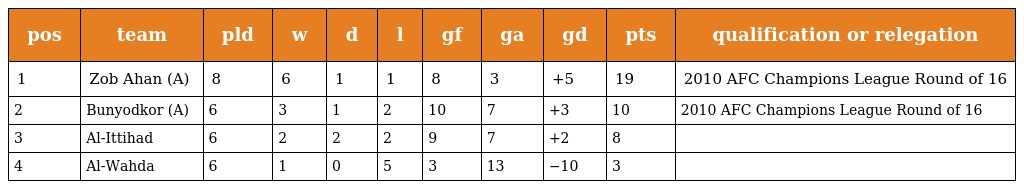
| pos | team | pld | w | d | l | gf | ga | gd | pts | qualification or relegation |
 | --- | --- | --- | --- | --- | --- | --- | --- | --- | --- | --- |
 | 1 | Zob Ahan (A) | 8 | 6 | 1 | 1 | 8 | 3 | +5 | 19 | 2010 AFC Champions League Round of 16 |
 | 2 | Bunyodkor (A) | 6 | 3 | 1 | 2 | 10 | 7 | +3 | 10 | 2010 AFC Champions League Round of 16 |
 | 3 | Al-Ittihad | 6 | 2 | 2 | 2 | 9 | 7 | +2 | 8 |  |
 | 4 | Al-Wahda | 6 | 1 | 0 | 5 | 3 | 13 | −10 | 3 |  |